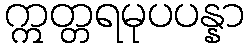
ဣတ္တရမုပပန္နာ